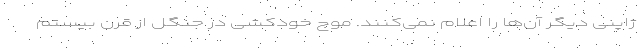
ژاپنی دیگر آن‌ها را اعلام نمی‌کنند. موج خودکشی در جنگل از قرن بیستم